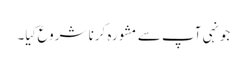
جونہی آپ سے مشورہ کرنا شروع کِیا۔